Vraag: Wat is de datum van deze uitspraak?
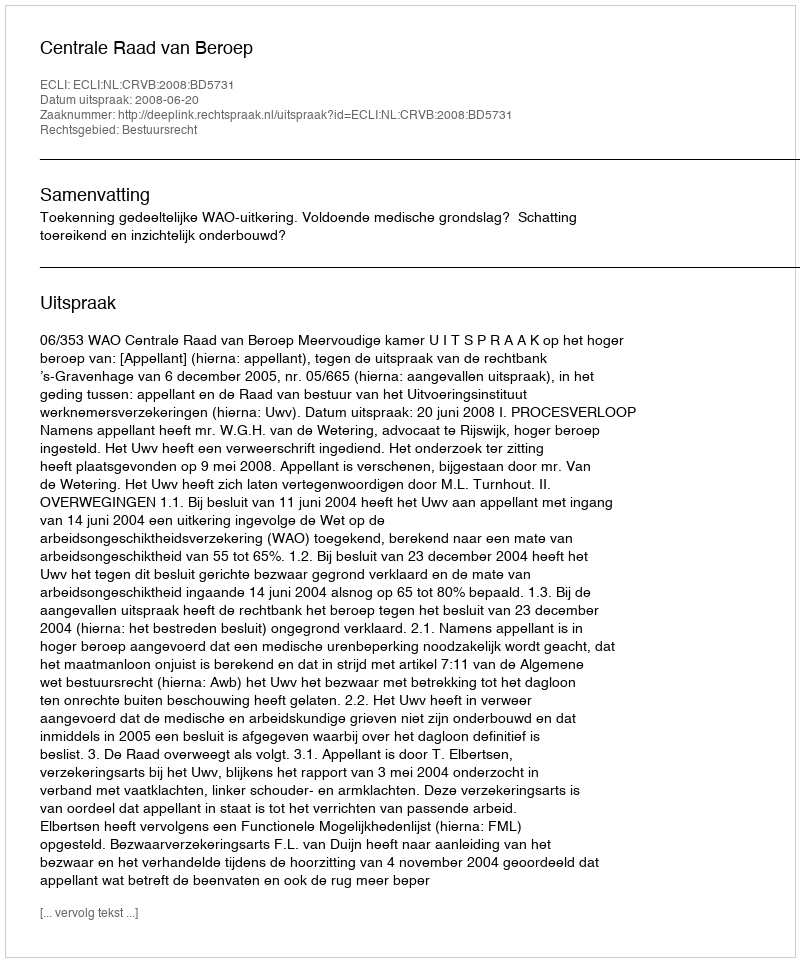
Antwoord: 2008-06-20